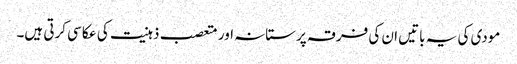
مودی کی یہ باتیں ان کی فرقہ پرستانہ اور متعصب ذہنیت کی عکاسی کرتی ہیں۔